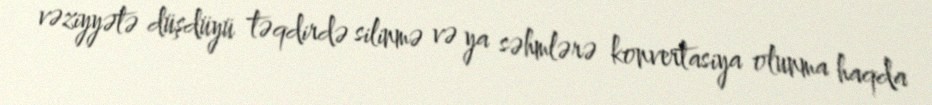
vəziyyətə düşdüyü təqdirdə silinmə və ya səhmlərə konvertasiya olunma haqda